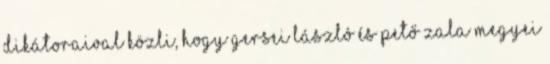
dikátoraival közli, hogy Gersei László és Pető Zala megyei